65_HS1-834228961_62-HQ-83894_Section_3
Agency: FBI
Page 139
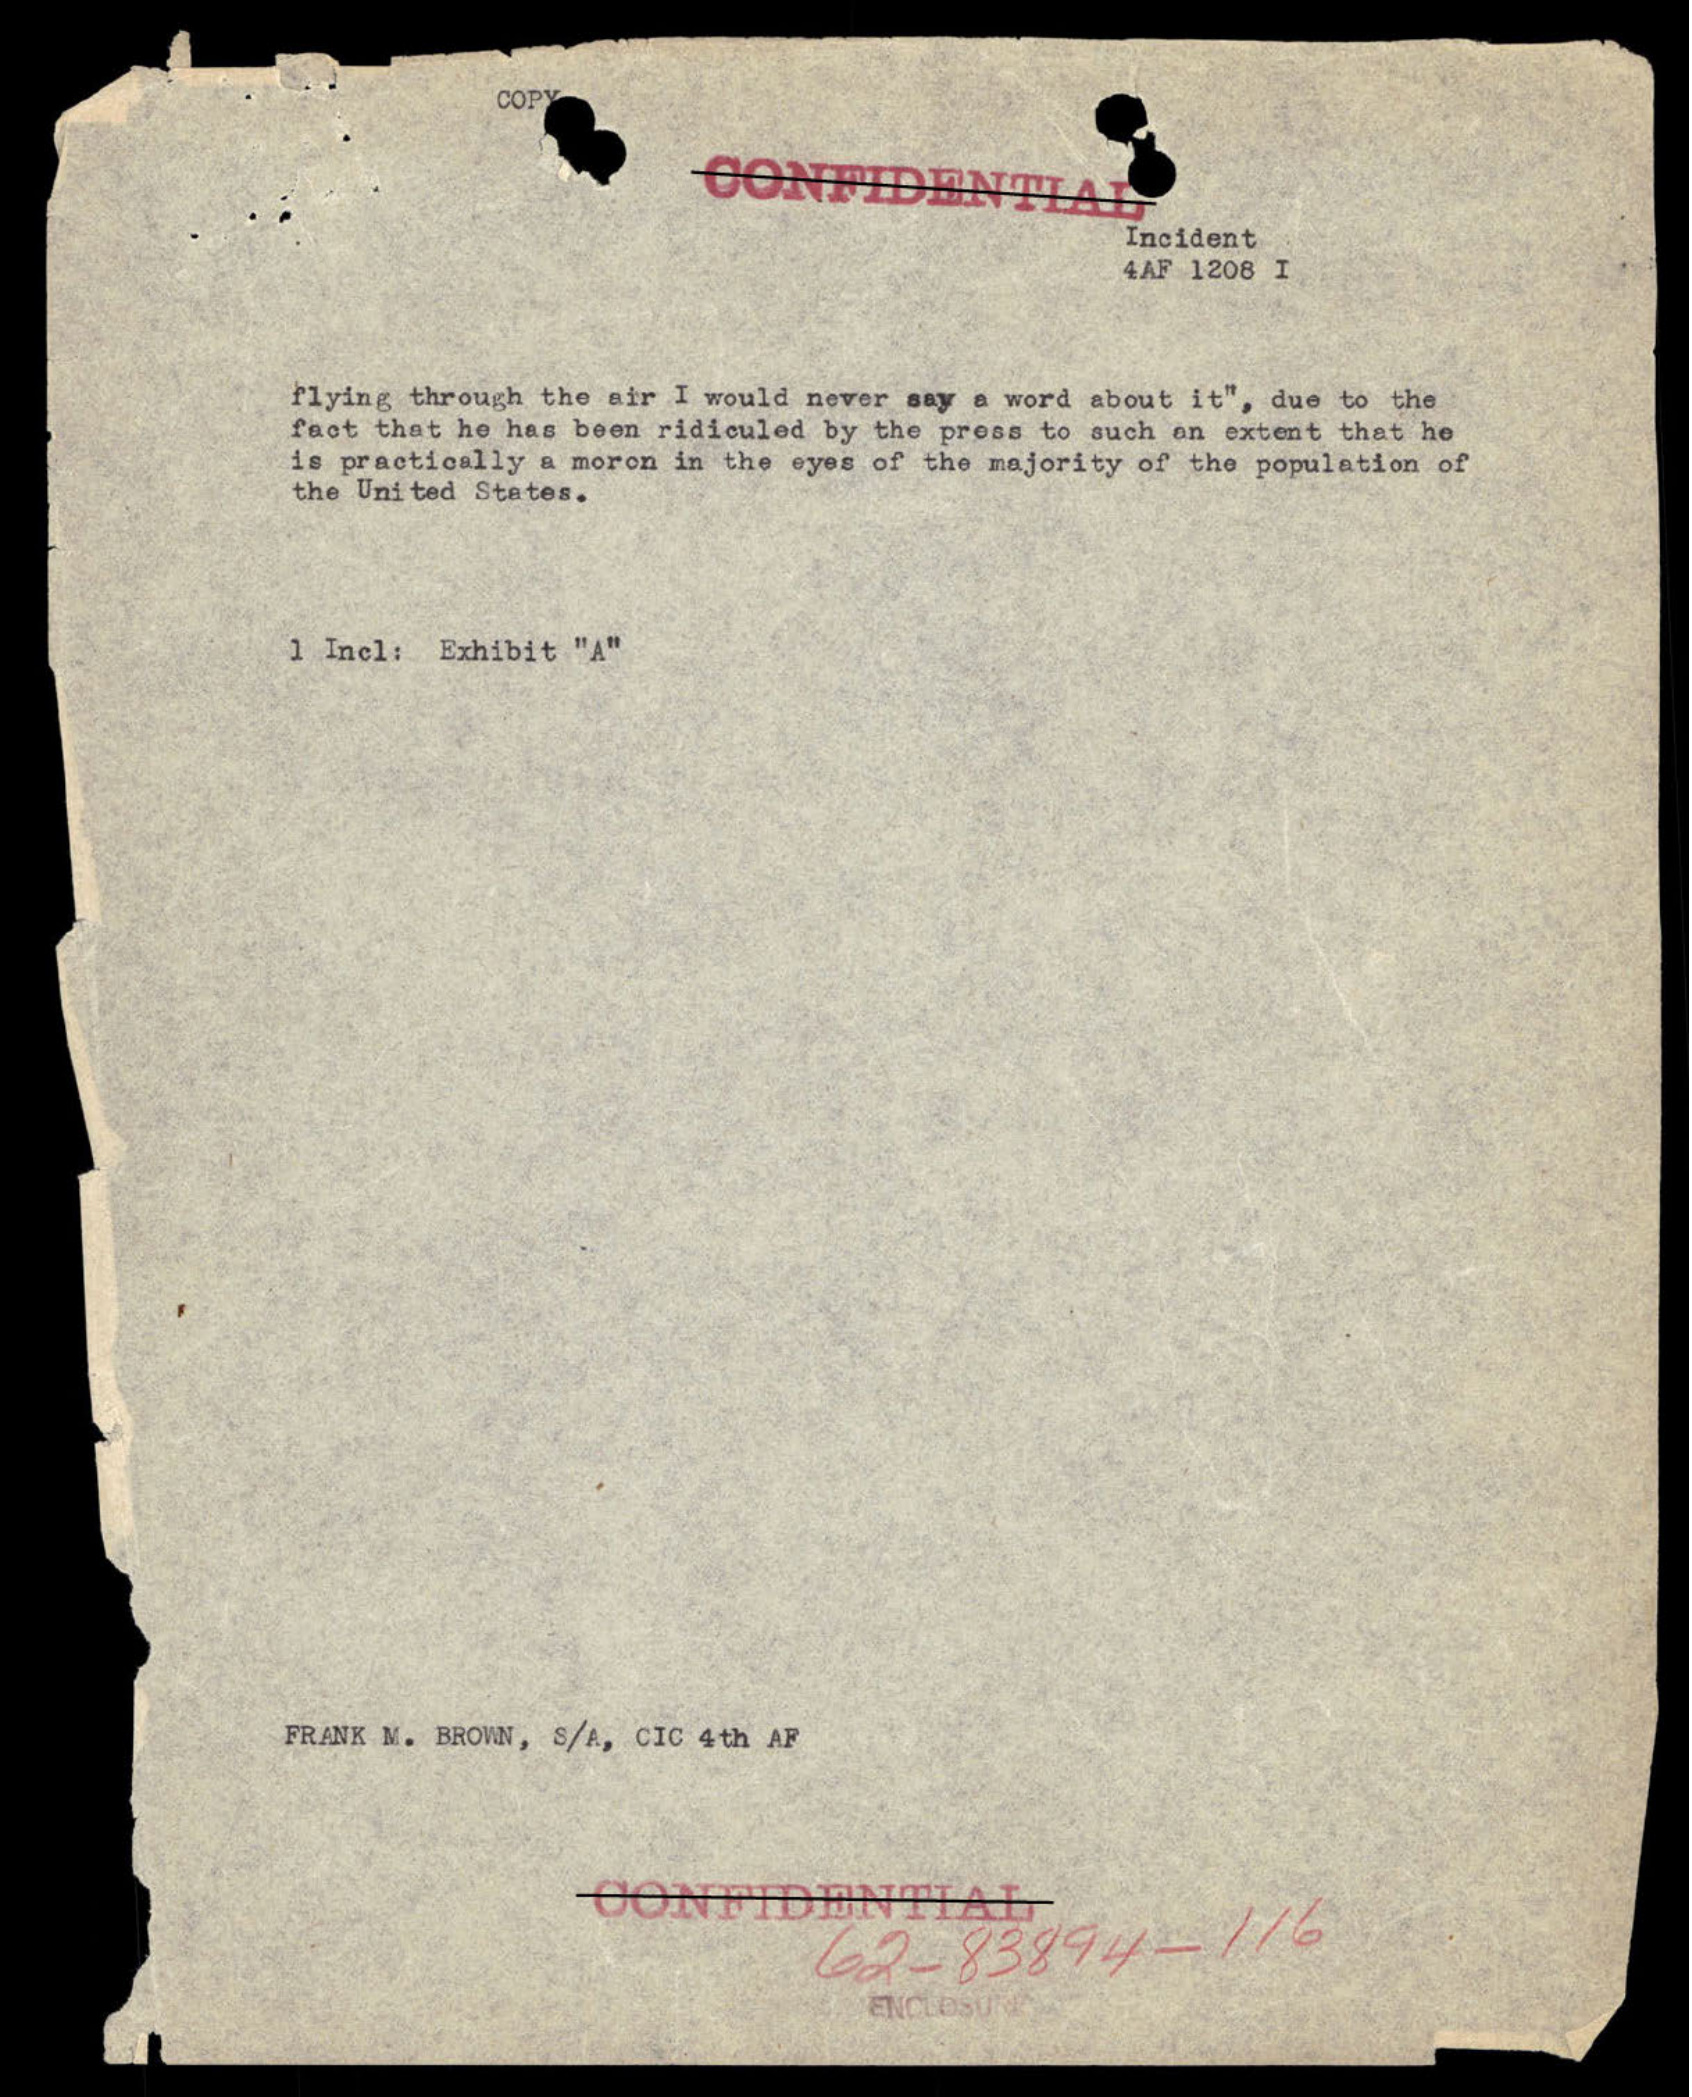